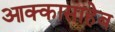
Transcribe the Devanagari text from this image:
आक्कासाहेब